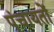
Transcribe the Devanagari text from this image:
पंचायताें